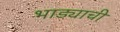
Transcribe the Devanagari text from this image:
भाड्याची